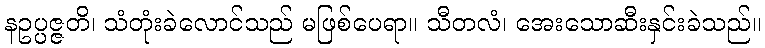
နဥပ္ပဇ္ဇတိ၊ သံတုံးခဲလောင်သည် မဖြစ်ပေရာ။ သီတလံ၊ အေးသောဆီးနှင်းခဲသည်။